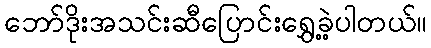
ဘော်ဒိုးအသင်းဆီပြောင်းရွှေ့ခဲ့ပါတယ်။